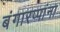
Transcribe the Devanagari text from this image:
बंगारप्पांना